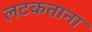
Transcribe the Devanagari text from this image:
लटकताना